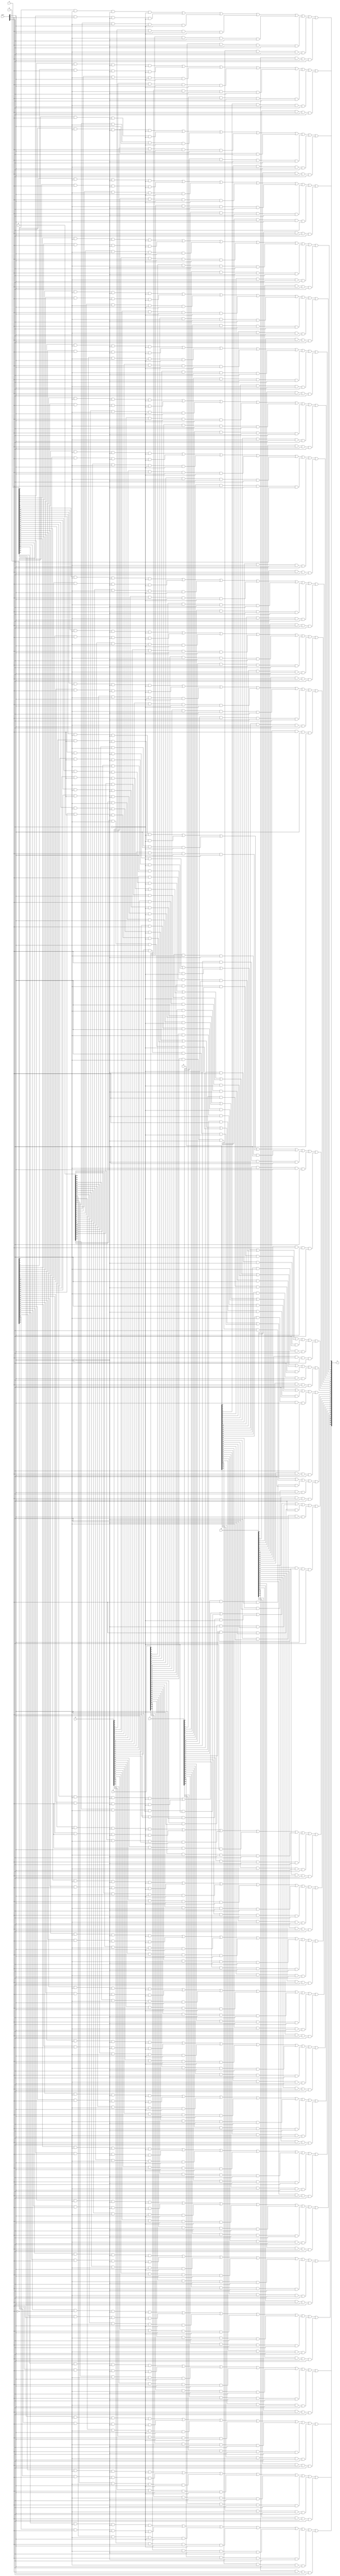
module mux8x1(
        input [31:0]A,
        input [31:0]B,
        input [31:0]C,
        input [31:0]D,
        input [31:0]E,
        input [31:0]F,
        input [31:0]G,
        input [31:0]H,
        input [2:0]ctrl,
        output [31:0]S
    );

    wire [31:0]ta, tb, tc, td,te,tf,tg,th;

    and(ta[0], A[0], ~ctrl[0], ~ctrl[1], ~ctrl[2]);
    and(ta[1], A[1], ~ctrl[0], ~ctrl[1], ~ctrl[2]);
    and(ta[2], A[2], ~ctrl[0], ~ctrl[1], ~ctrl[2]);
    and(ta[3], A[3], ~ctrl[0], ~ctrl[1], ~ctrl[2]);
    and(ta[4], A[4], ~ctrl[0], ~ctrl[1], ~ctrl[2]);
    and(ta[5], A[5], ~ctrl[0], ~ctrl[1], ~ctrl[2]);
    and(ta[6], A[6], ~ctrl[0], ~ctrl[1], ~ctrl[2]);
    and(ta[7], A[7], ~ctrl[0], ~ctrl[1], ~ctrl[2]);
    and(ta[8], A[8], ~ctrl[0], ~ctrl[1], ~ctrl[2]);
    and(ta[9], A[9], ~ctrl[0], ~ctrl[1], ~ctrl[2]);
    and(ta[10], A[10], ~ctrl[0], ~ctrl[1], ~ctrl[2]);
    and(ta[11], A[11], ~ctrl[0], ~ctrl[1], ~ctrl[2]);
    and(ta[12], A[12], ~ctrl[0], ~ctrl[1], ~ctrl[2]);
    and(ta[13], A[13], ~ctrl[0], ~ctrl[1], ~ctrl[2]);
    and(ta[14], A[14], ~ctrl[0], ~ctrl[1], ~ctrl[2]);
    and(ta[15], A[15], ~ctrl[0], ~ctrl[1], ~ctrl[2]);
    and(ta[16], A[16], ~ctrl[0], ~ctrl[1], ~ctrl[2]);
    and(ta[17], A[17], ~ctrl[0], ~ctrl[1], ~ctrl[2]);
    and(ta[18], A[18], ~ctrl[0], ~ctrl[1], ~ctrl[2]);
    and(ta[19], A[19], ~ctrl[0], ~ctrl[1], ~ctrl[2]);
    and(ta[20], A[20], ~ctrl[0], ~ctrl[1], ~ctrl[2]);
    and(ta[21], A[21], ~ctrl[0], ~ctrl[1], ~ctrl[2]);
    and(ta[22], A[22], ~ctrl[0], ~ctrl[1], ~ctrl[2]);
    and(ta[23], A[23], ~ctrl[0], ~ctrl[1], ~ctrl[2]);
    and(ta[24], A[24], ~ctrl[0], ~ctrl[1], ~ctrl[2]);
    and(ta[25], A[25], ~ctrl[0], ~ctrl[1], ~ctrl[2]);
    and(ta[26], A[26], ~ctrl[0], ~ctrl[1], ~ctrl[2]);
    and(ta[27], A[27], ~ctrl[0], ~ctrl[1], ~ctrl[2]);
    and(ta[28], A[28], ~ctrl[0], ~ctrl[1], ~ctrl[2]);
    and(ta[29], A[29], ~ctrl[0], ~ctrl[1], ~ctrl[2]);
    and(ta[30], A[30], ~ctrl[0], ~ctrl[1], ~ctrl[2]);
    and(ta[31], A[31], ~ctrl[0], ~ctrl[1], ~ctrl[2]);

    and(tb[0], B[0], ctrl[0], ~ctrl[1], ~ctrl[2]);
    and(tb[1], B[1], ctrl[0], ~ctrl[1], ~ctrl[2]);
    and(tb[2], B[2], ctrl[0], ~ctrl[1], ~ctrl[2]);
    and(tb[3], B[3], ctrl[0], ~ctrl[1], ~ctrl[2]);
    and(tb[4], B[4], ctrl[0], ~ctrl[1], ~ctrl[2]);
    and(tb[5], B[5], ctrl[0], ~ctrl[1], ~ctrl[2]);
    and(tb[6], B[6], ctrl[0], ~ctrl[1], ~ctrl[2]);
    and(tb[7], B[7], ctrl[0], ~ctrl[1], ~ctrl[2]);
    and(tb[8], B[8], ctrl[0], ~ctrl[1], ~ctrl[2]);
    and(tb[9], B[9], ctrl[0], ~ctrl[1], ~ctrl[2]);
    and(tb[10], B[10], ctrl[0], ~ctrl[1], ~ctrl[2]);
    and(tb[11], B[11], ctrl[0], ~ctrl[1], ~ctrl[2]);
    and(tb[12], B[12], ctrl[0], ~ctrl[1], ~ctrl[2]);
    and(tb[13], B[13], ctrl[0], ~ctrl[1], ~ctrl[2]);
    and(tb[14], B[14], ctrl[0], ~ctrl[1], ~ctrl[2]);
    and(tb[15], B[15], ctrl[0], ~ctrl[1], ~ctrl[2]);
    and(tb[16], B[16], ctrl[0], ~ctrl[1], ~ctrl[2]);
    and(tb[17], B[17], ctrl[0], ~ctrl[1], ~ctrl[2]);
    and(tb[18], B[18], ctrl[0], ~ctrl[1], ~ctrl[2]);
    and(tb[19], B[19], ctrl[0], ~ctrl[1], ~ctrl[2]);
    and(tb[20], B[20], ctrl[0], ~ctrl[1], ~ctrl[2]);
    and(tb[21], B[21], ctrl[0], ~ctrl[1], ~ctrl[2]);
    and(tb[22], B[22], ctrl[0], ~ctrl[1], ~ctrl[2]);
    and(tb[23], B[23], ctrl[0], ~ctrl[1], ~ctrl[2]);
    and(tb[24], B[24], ctrl[0], ~ctrl[1], ~ctrl[2]);
    and(tb[25], B[25], ctrl[0], ~ctrl[1], ~ctrl[2]);
    and(tb[26], B[26], ctrl[0], ~ctrl[1], ~ctrl[2]);
    and(tb[27], B[27], ctrl[0], ~ctrl[1], ~ctrl[2]);
    and(tb[28], B[28], ctrl[0], ~ctrl[1], ~ctrl[2]);
    and(tb[29], B[29], ctrl[0], ~ctrl[1], ~ctrl[2]);
    and(tb[30], B[30], ctrl[0], ~ctrl[1], ~ctrl[2]);
    and(tb[31], B[31], ctrl[0], ~ctrl[1], ~ctrl[2]);

    and(tc[0], C[0], ~ctrl[0], ctrl[1], ~ctrl[2]);
    and(tc[1], C[1], ~ctrl[0], ctrl[1], ~ctrl[2]);
    and(tc[2], C[2], ~ctrl[0], ctrl[1], ~ctrl[2]);
    and(tc[3], C[3], ~ctrl[0], ctrl[1], ~ctrl[2]);
    and(tc[4], C[4], ~ctrl[0], ctrl[1], ~ctrl[2]);
    and(tc[5], C[5], ~ctrl[0], ctrl[1], ~ctrl[2]);
    and(tc[6], C[6], ~ctrl[0], ctrl[1], ~ctrl[2]);
    and(tc[7], C[7], ~ctrl[0], ctrl[1], ~ctrl[2]);
    and(tc[8], C[8], ~ctrl[0], ctrl[1], ~ctrl[2]);
    and(tc[9], C[9], ~ctrl[0], ctrl[1], ~ctrl[2]);
    and(tc[10], C[10], ~ctrl[0], ctrl[1], ~ctrl[2]);
    and(tc[11], C[11], ~ctrl[0], ctrl[1], ~ctrl[2]);
    and(tc[12], C[12], ~ctrl[0], ctrl[1], ~ctrl[2]);
    and(tc[13], C[13], ~ctrl[0], ctrl[1], ~ctrl[2]);
    and(tc[14], C[14], ~ctrl[0], ctrl[1], ~ctrl[2]);
    and(tc[15], C[15], ~ctrl[0], ctrl[1], ~ctrl[2]);
    and(tc[16], C[16], ~ctrl[0], ctrl[1], ~ctrl[2]);
    and(tc[17], C[17], ~ctrl[0], ctrl[1], ~ctrl[2]);
    and(tc[18], C[18], ~ctrl[0], ctrl[1], ~ctrl[2]);
    and(tc[19], C[19], ~ctrl[0], ctrl[1], ~ctrl[2]);
    and(tc[20], C[20], ~ctrl[0], ctrl[1], ~ctrl[2]);
    and(tc[21], C[21], ~ctrl[0], ctrl[1], ~ctrl[2]);
    and(tc[22], C[22], ~ctrl[0], ctrl[1], ~ctrl[2]);
    and(tc[23], C[23], ~ctrl[0], ctrl[1], ~ctrl[2]);
    and(tc[24], C[24], ~ctrl[0], ctrl[1], ~ctrl[2]);
    and(tc[25], C[25], ~ctrl[0], ctrl[1], ~ctrl[2]);
    and(tc[26], C[26], ~ctrl[0], ctrl[1], ~ctrl[2]);
    and(tc[27], C[27], ~ctrl[0], ctrl[1], ~ctrl[2]);
    and(tc[28], C[28], ~ctrl[0], ctrl[1], ~ctrl[2]);
    and(tc[29], C[29], ~ctrl[0], ctrl[1], ~ctrl[2]);
    and(tc[30], C[30], ~ctrl[0], ctrl[1], ~ctrl[2]);
    and(tc[31], C[31], ~ctrl[0], ctrl[1], ~ctrl[2]);

    and(td[0], D[0], ctrl[0], ctrl[1], ~ctrl[2]);
    and(td[1], D[1], ctrl[0], ctrl[1], ~ctrl[2]);
    and(td[2], D[2], ctrl[0], ctrl[1], ~ctrl[2]);
    and(td[3], D[3], ctrl[0], ctrl[1], ~ctrl[2]);
    and(td[4], D[4], ctrl[0], ctrl[1], ~ctrl[2]);
    and(td[5], D[5], ctrl[0], ctrl[1], ~ctrl[2]);
    and(td[6], D[6], ctrl[0], ctrl[1], ~ctrl[2]);
    and(td[7], D[7], ctrl[0], ctrl[1], ~ctrl[2]);
    and(td[8], D[8], ctrl[0], ctrl[1], ~ctrl[2]);
    and(td[9], D[9], ctrl[0], ctrl[1], ~ctrl[2]);
    and(td[10], D[10], ctrl[0], ctrl[1], ~ctrl[2]);
    and(td[11], D[11], ctrl[0], ctrl[1], ~ctrl[2]);
    and(td[12], D[12], ctrl[0], ctrl[1], ~ctrl[2]);
    and(td[13], D[13], ctrl[0], ctrl[1], ~ctrl[2]);
    and(td[14], D[14], ctrl[0], ctrl[1], ~ctrl[2]);
    and(td[15], D[15], ctrl[0], ctrl[1], ~ctrl[2]);
    and(td[16], D[16], ctrl[0], ctrl[1], ~ctrl[2]);
    and(td[17], D[17], ctrl[0], ctrl[1], ~ctrl[2]);
    and(td[18], D[18], ctrl[0], ctrl[1], ~ctrl[2]);
    and(td[19], D[19], ctrl[0], ctrl[1], ~ctrl[2]);
    and(td[20], D[20], ctrl[0], ctrl[1], ~ctrl[2]);
    and(td[21], D[21], ctrl[0], ctrl[1], ~ctrl[2]);
    and(td[22], D[22], ctrl[0], ctrl[1], ~ctrl[2]);
    and(td[23], D[23], ctrl[0], ctrl[1], ~ctrl[2]);
    and(td[24], D[24], ctrl[0], ctrl[1], ~ctrl[2]);
    and(td[25], D[25], ctrl[0], ctrl[1], ~ctrl[2]);
    and(td[26], D[26], ctrl[0], ctrl[1], ~ctrl[2]);
    and(td[27], D[27], ctrl[0], ctrl[1], ~ctrl[2]);
    and(td[28], D[28], ctrl[0], ctrl[1], ~ctrl[2]);
    and(td[29], D[29], ctrl[0], ctrl[1], ~ctrl[2]);
    and(td[30], D[30], ctrl[0], ctrl[1], ~ctrl[2]);
    and(td[31], D[31], ctrl[0], ctrl[1], ~ctrl[2]);

    and(te[0], A[0], ~ctrl[0], ~ctrl[1], ctrl[2]);
    and(te[1], E[1], ~ctrl[0], ~ctrl[1], ctrl[2]);
    and(te[2], E[2], ~ctrl[0], ~ctrl[1], ctrl[2]);
    and(te[3], E[3], ~ctrl[0], ~ctrl[1], ctrl[2]);
    and(te[4], E[4], ~ctrl[0], ~ctrl[1], ctrl[2]);
    and(te[5], E[5], ~ctrl[0], ~ctrl[1], ctrl[2]);
    and(te[6], E[6], ~ctrl[0], ~ctrl[1], ctrl[2]);
    and(te[7], E[7], ~ctrl[0], ~ctrl[1], ctrl[2]);
    and(te[8], E[8], ~ctrl[0], ~ctrl[1], ctrl[2]);
    and(te[9], E[9], ~ctrl[0], ~ctrl[1], ctrl[2]);
    and(te[10], E[10], ~ctrl[0], ~ctrl[1], ctrl[2]);
    and(te[11], E[11], ~ctrl[0], ~ctrl[1], ctrl[2]);
    and(te[12], E[12], ~ctrl[0], ~ctrl[1], ctrl[2]);
    and(te[13], E[13], ~ctrl[0], ~ctrl[1], ctrl[2]);
    and(te[14], E[14], ~ctrl[0], ~ctrl[1], ctrl[2]);
    and(te[15], E[15], ~ctrl[0], ~ctrl[1], ctrl[2]);
    and(te[16], E[16], ~ctrl[0], ~ctrl[1], ctrl[2]);
    and(te[17], E[17], ~ctrl[0], ~ctrl[1], ctrl[2]);
    and(te[18], E[18], ~ctrl[0], ~ctrl[1], ctrl[2]);
    and(te[19], E[19], ~ctrl[0], ~ctrl[1], ctrl[2]);
    and(te[20], E[20], ~ctrl[0], ~ctrl[1], ctrl[2]);
    and(te[21], E[21], ~ctrl[0], ~ctrl[1], ctrl[2]);
    and(te[22], E[22], ~ctrl[0], ~ctrl[1], ctrl[2]);
    and(te[23], E[23], ~ctrl[0], ~ctrl[1], ctrl[2]);
    and(te[24], E[24], ~ctrl[0], ~ctrl[1], ctrl[2]);
    and(te[25], E[25], ~ctrl[0], ~ctrl[1], ctrl[2]);
    and(te[26], E[26], ~ctrl[0], ~ctrl[1], ctrl[2]);
    and(te[27], E[27], ~ctrl[0], ~ctrl[1], ctrl[2]);
    and(te[28], E[28], ~ctrl[0], ~ctrl[1], ctrl[2]);
    and(te[29], E[29], ~ctrl[0], ~ctrl[1], ctrl[2]);
    and(te[30], E[30], ~ctrl[0], ~ctrl[1], ctrl[2]);
    and(te[31], E[31], ~ctrl[0], ~ctrl[1], ctrl[2]);

    and(tf[0], F[0], ctrl[0], ~ctrl[1], ctrl[2]);
    and(tf[1], F[1], ctrl[0], ~ctrl[1], ctrl[2]);
    and(tf[2], F[2], ctrl[0], ~ctrl[1], ctrl[2]);
    and(tf[3], F[3], ctrl[0], ~ctrl[1], ctrl[2]);
    and(tf[4], F[4], ctrl[0], ~ctrl[1], ctrl[2]);
    and(tf[5], F[5], ctrl[0], ~ctrl[1], ctrl[2]);
    and(tf[6], F[6], ctrl[0], ~ctrl[1], ctrl[2]);
    and(tf[7], F[7], ctrl[0], ~ctrl[1], ctrl[2]);
    and(tf[8], F[8], ctrl[0], ~ctrl[1], ctrl[2]);
    and(tf[9], F[9], ctrl[0], ~ctrl[1], ctrl[2]);
    and(tf[10], F[10], ctrl[0], ~ctrl[1], ctrl[2]);
    and(tf[11], F[11], ctrl[0], ~ctrl[1], ctrl[2]);
    and(tf[12], F[12], ctrl[0], ~ctrl[1], ctrl[2]);
    and(tf[13], F[13], ctrl[0], ~ctrl[1], ctrl[2]);
    and(tf[14], F[14], ctrl[0], ~ctrl[1], ctrl[2]);
    and(tf[15], F[15], ctrl[0], ~ctrl[1], ctrl[2]);
    and(tf[16], F[16], ctrl[0], ~ctrl[1], ctrl[2]);
    and(tf[17], F[17], ctrl[0], ~ctrl[1], ctrl[2]);
    and(tf[18], F[18], ctrl[0], ~ctrl[1], ctrl[2]);
    and(tf[19], F[19], ctrl[0], ~ctrl[1], ctrl[2]);
    and(tf[20], F[20], ctrl[0], ~ctrl[1], ctrl[2]);
    and(tf[21], F[21], ctrl[0], ~ctrl[1], ctrl[2]);
    and(tf[22], F[22], ctrl[0], ~ctrl[1], ctrl[2]);
    and(tf[23], F[23], ctrl[0], ~ctrl[1], ctrl[2]);
    and(tf[24], F[24], ctrl[0], ~ctrl[1], ctrl[2]);
    and(tf[25], F[25], ctrl[0], ~ctrl[1], ctrl[2]);
    and(tf[26], F[26], ctrl[0], ~ctrl[1], ctrl[2]);
    and(tf[27], F[27], ctrl[0], ~ctrl[1], ctrl[2]);
    and(tf[28], F[28], ctrl[0], ~ctrl[1], ctrl[2]);
    and(tf[29], F[29], ctrl[0], ~ctrl[1], ctrl[2]);
    and(tf[30], F[30], ctrl[0], ~ctrl[1], ctrl[2]);
    and(tf[31], F[31], ctrl[0], ~ctrl[1], ctrl[2]);

    and(tg[0], G[0], ~ctrl[0], ctrl[1], ctrl[2]);
    and(tg[1], G[1], ~ctrl[0], ctrl[1], ctrl[2]);
    and(tg[2], G[2], ~ctrl[0], ctrl[1], ctrl[2]);
    and(tg[3], G[3], ~ctrl[0], ctrl[1], ctrl[2]);
    and(tg[4], G[4], ~ctrl[0], ctrl[1], ctrl[2]);
    and(tg[5], G[5], ~ctrl[0], ctrl[1], ctrl[2]);
    and(tg[6], G[6], ~ctrl[0], ctrl[1], ctrl[2]);
    and(tg[7], G[7], ~ctrl[0], ctrl[1], ctrl[2]);
    and(tg[8], G[8], ~ctrl[0], ctrl[1], ctrl[2]);
    and(tg[9], G[9], ~ctrl[0], ctrl[1], ctrl[2]);
    and(tg[10], G[10], ~ctrl[0], ctrl[1], ctrl[2]);
    and(tg[11], G[11], ~ctrl[0], ctrl[1], ctrl[2]);
    and(tg[12], G[12], ~ctrl[0], ctrl[1], ctrl[2]);
    and(tg[13], G[13], ~ctrl[0], ctrl[1], ctrl[2]);
    and(tg[14], G[14], ~ctrl[0], ctrl[1], ctrl[2]);
    and(tg[15], G[15], ~ctrl[0], ctrl[1], ctrl[2]);
    and(tg[16], G[16], ~ctrl[0], ctrl[1], ctrl[2]);
    and(tg[17], G[17], ~ctrl[0], ctrl[1], ctrl[2]);
    and(tg[18], G[18], ~ctrl[0], ctrl[1], ctrl[2]);
    and(tg[19], G[19], ~ctrl[0], ctrl[1], ctrl[2]);
    and(tg[20], G[20], ~ctrl[0], ctrl[1], ctrl[2]);
    and(tg[21], G[21], ~ctrl[0], ctrl[1], ctrl[2]);
    and(tg[22], G[22], ~ctrl[0], ctrl[1], ctrl[2]);
    and(tg[23], G[23], ~ctrl[0], ctrl[1], ctrl[2]);
    and(tg[24], G[24], ~ctrl[0], ctrl[1], ctrl[2]);
    and(tg[25], G[25], ~ctrl[0], ctrl[1], ctrl[2]);
    and(tg[26], G[26], ~ctrl[0], ctrl[1], ctrl[2]);
    and(tg[27], G[27], ~ctrl[0], ctrl[1], ctrl[2]);
    and(tg[28], G[28], ~ctrl[0], ctrl[1], ctrl[2]);
    and(tg[29], G[29], ~ctrl[0], ctrl[1], ctrl[2]);
    and(tg[30], G[30], ~ctrl[0], ctrl[1], ctrl[2]);
    and(tg[31], G[31], ~ctrl[0], ctrl[1], ctrl[2]);

    and(th[0], H[0], ctrl[0], ctrl[1], ctrl[2]);
    and(th[1], H[1], ctrl[0], ctrl[1], ctrl[2]);
    and(th[2], H[2], ctrl[0], ctrl[1], ctrl[2]);
    and(th[3], H[3], ctrl[0], ctrl[1], ctrl[2]);
    and(th[4], H[4], ctrl[0], ctrl[1], ctrl[2]);
    and(th[5], H[5], ctrl[0], ctrl[1], ctrl[2]);
    and(th[6], H[6], ctrl[0], ctrl[1], ctrl[2]);
    and(th[7], H[7], ctrl[0], ctrl[1], ctrl[2]);
    and(th[8], H[8], ctrl[0], ctrl[1], ctrl[2]);
    and(th[9], H[9], ctrl[0], ctrl[1], ctrl[2]);
    and(th[10], H[10], ctrl[0], ctrl[1], ctrl[2]);
    and(th[11], H[11], ctrl[0], ctrl[1], ctrl[2]);
    and(th[12], H[12], ctrl[0], ctrl[1], ctrl[2]);
    and(th[13], H[13], ctrl[0], ctrl[1], ctrl[2]);
    and(th[14], H[14], ctrl[0], ctrl[1], ctrl[2]);
    and(th[15], H[15], ctrl[0], ctrl[1], ctrl[2]);
    and(th[16], H[16], ctrl[0], ctrl[1], ctrl[2]);
    and(th[17], H[17], ctrl[0], ctrl[1], ctrl[2]);
    and(th[18], H[18], ctrl[0], ctrl[1], ctrl[2]);
    and(th[19], H[19], ctrl[0], ctrl[1], ctrl[2]);
    and(th[20], H[20], ctrl[0], ctrl[1], ctrl[2]);
    and(th[21], H[21], ctrl[0], ctrl[1], ctrl[2]);
    and(th[22], H[22], ctrl[0], ctrl[1], ctrl[2]);
    and(th[23], H[23], ctrl[0], ctrl[1], ctrl[2]);
    and(th[24], H[24], ctrl[0], ctrl[1], ctrl[2]);
    and(th[25], H[25], ctrl[0], ctrl[1], ctrl[2]);
    and(th[26], H[26], ctrl[0], ctrl[1], ctrl[2]);
    and(th[27], H[27], ctrl[0], ctrl[1], ctrl[2]);
    and(th[28], H[28], ctrl[0], ctrl[1], ctrl[2]);
    and(th[29], H[29], ctrl[0], ctrl[1], ctrl[2]);
    and(th[30], H[30], ctrl[0], ctrl[1], ctrl[2]);
    and(th[31], H[31], ctrl[0], ctrl[1], ctrl[2]);

    or(S[0], ta[0], tb[0], tc[0], td[0], te[0], tf[0], tg[0], th[0]);
    or(S[1], ta[1], tb[1], tc[1], td[1], te[1], tf[1], tg[1], th[1]);
    or(S[2], ta[2], tb[2], tc[2], td[2], te[2], tf[2], tg[2], th[2]);
    or(S[3], ta[3], tb[3], tc[3], td[3], te[3], tf[3], tg[3], th[3]);
    or(S[4], ta[4], tb[4], tc[4], td[4], te[4], tf[4], tg[4], th[4]);
    or(S[5], ta[5], tb[5], tc[5], td[5], te[5], tf[5], tg[5], th[5]);
    or(S[6], ta[6], tb[6], tc[6], td[6], te[6], tf[6], tg[6], th[6]);
    or(S[7], ta[7], tb[7], tc[7], td[7], te[7], tf[7], tg[7], th[7]);
    or(S[8], ta[8], tb[8], tc[8], td[8], te[8], tf[8], tg[8], th[8]);
    or(S[9], ta[9], tb[9], tc[9], td[9], te[9], tf[9], tg[9], th[9]);
    or(S[10], ta[10], tb[10], tc[10], td[10], te[10], tf[10], tg[10], th[10]);
    or(S[11], ta[11], tb[11], tc[11], td[11], te[11], tf[11], tg[11], th[11]);
    or(S[12], ta[12], tb[12], tc[12], td[12], te[12], tf[12], tg[12], th[12]);
    or(S[13], ta[13], tb[13], tc[13], td[13], te[13], tf[13], tg[13], th[13]);
    or(S[14], ta[14], tb[14], tc[14], td[14], te[14], tf[14], tg[14], th[14]);
    or(S[15], ta[15], tb[15], tc[15], td[15], te[15], tf[15], tg[15], th[15]);
    or(S[16], ta[16], tb[16], tc[16], td[16], te[16], tf[16], tg[16], th[16]);
    or(S[17], ta[17], tb[17], tc[17], td[17], te[17], tf[17], tg[17], th[17]);
    or(S[18], ta[18], tb[18], tc[18], td[18], te[18], tf[18], tg[18], th[18]);
    or(S[19], ta[19], tb[19], tc[19], td[19], te[19], tf[19], tg[19], th[19]);
    or(S[20], ta[20], tb[20], tc[20], td[20], te[20], tf[20], tg[20], th[20]);
    or(S[21], ta[21], tb[21], tc[21], td[21], te[21], tf[21], tg[21], th[21]);
    or(S[22], ta[22], tb[22], tc[22], td[22], te[22], tf[22], tg[22], th[22]);
    or(S[23], ta[23], tb[23], tc[23], td[23], te[23], tf[23], tg[23], th[23]);
    or(S[24], ta[24], tb[24], tc[24], td[24], te[24], tf[24], tg[24], th[24]);
    or(S[25], ta[25], tb[25], tc[25], td[25], te[25], tf[25], tg[25], th[25]);
    or(S[26], ta[26], tb[26], tc[26], td[26], te[26], tf[26], tg[26], th[26]);
    or(S[27], ta[27], tb[27], tc[27], td[27], te[27], tf[27], tg[27], th[27]);
    or(S[28], ta[28], tb[28], tc[28], td[28], te[28], tf[28], tg[28], th[28]);
    or(S[29], ta[29], tb[29], tc[29], td[29], te[29], tf[29], tg[29], th[29]);
    or(S[30], ta[30], tb[30], tc[30], td[30], te[30], tf[30], tg[30], th[30]);
    or(S[31], ta[31], tb[31], tc[31], td[31], te[31], tf[31], tg[31], th[31]);


endmodule